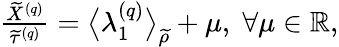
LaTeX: \begin{array}{r}{\frac{\widetilde{X}^{\left(q\right)}}{\widetilde{\tau}^{\left(q\right)}}=\big\langle\lambda_{1}^{\left(q\right)}\big\rangle_{\widetilde{\rho}}+\mu,\; \forall\mu\in\mathbb{R},}\end{array}